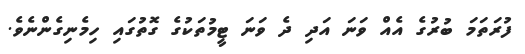
ފުރަތަމަ ބުރުގެ އެއް ވަނަ އަދި ދެ ވަނަ ޓީމުތަކުގެ ގޮތުގައި ހިމެނިގެންނެވެ.